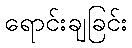
ရောင်းချခြင်း